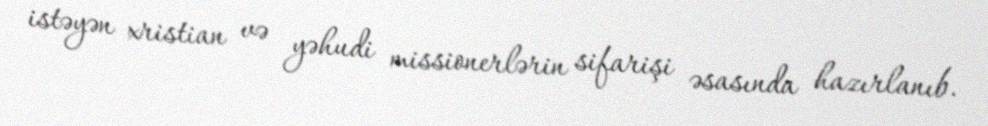
istəyən xristian və yəhudi missionerlərin sifarişi əsasında hazırlanıb.